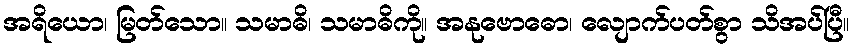
အရိယော၊ မြတ်သော။ သမာဓိ၊ သမာဓိကို။ အနုဗောဓော၊ လျောက်ပတ်စွာ သိအပ်ပြီ။